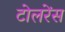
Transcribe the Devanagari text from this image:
टोलरेंस